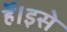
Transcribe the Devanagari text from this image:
हॅ।इसे